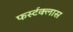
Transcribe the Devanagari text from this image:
फर्स्टक्लास